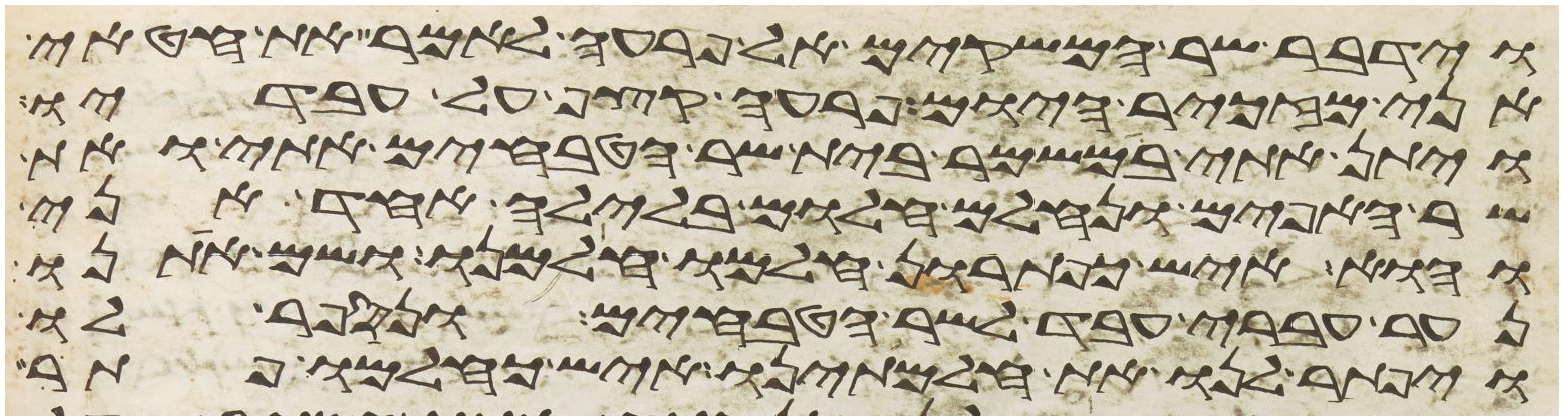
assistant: וידבר שר המשקים אל פרעה לאמר את חטאי
אני מזכיר היום פרעה קצף על עבדיו
ויתן אתי במשמר בית שר הטבחים אתי ואת
שר האפים ונחלם חלום בלילה אחד אני
והוא איש כפתרון חלמו חלמנו ושם אתנו
נער עברי עבד לשר הטבחים ונספר לו
ויפתר לנו את חלמתינו איש כחלמו פתר